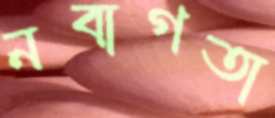
নবাগতা